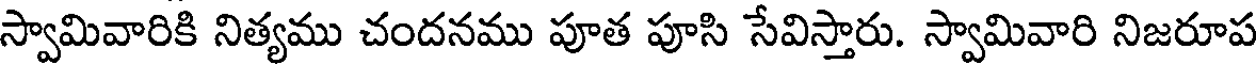
స్వామివారికి నిత్యము చందనము పూత పూసి సేవిస్తారు. స్వామివారి నిజరూప